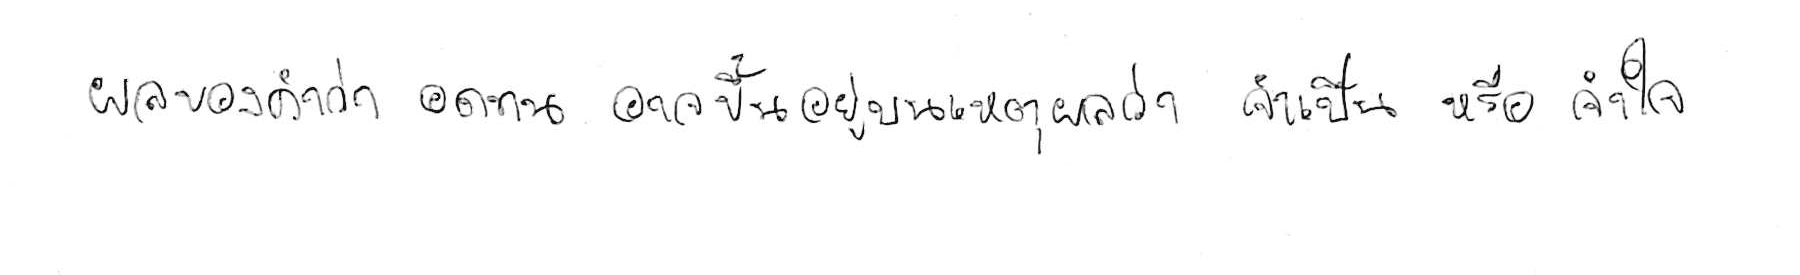
ผลของคำว่า อดทน อาจขึ้นอยู่บนเหตุผลว่า จำเป็น หรือ จำใจ